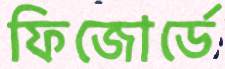
ফিজোর্ডে